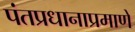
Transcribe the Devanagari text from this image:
पंतप्रधानाप्रमाणे